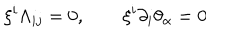
\xi ^ { i } \Lambda _ { i j } = 0 , \qquad \xi ^ { i } \partial _ { i } \theta _ { \alpha } = 0